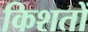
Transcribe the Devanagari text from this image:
किशतों